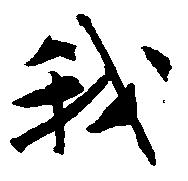
我